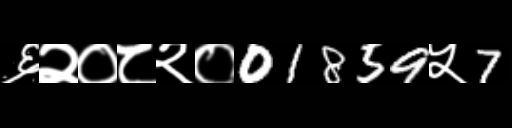
Text: ६२०८२०01859५7